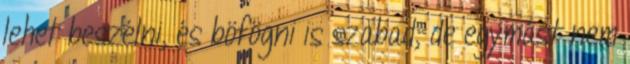
lehet beszélni, és böfögni is szabad, de egymást nem